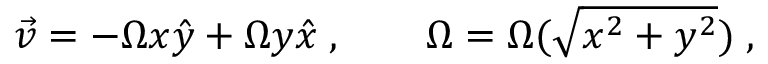
\vec { v } = - { \Omega } x \hat { y } + { \Omega } y \hat { x } \; , \qquad { \Omega } = { \Omega } ( \sqrt { x ^ { 2 } + y ^ { 2 } } ) \; ,